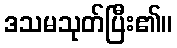
ဒသမသုတ်ပြီး၏။